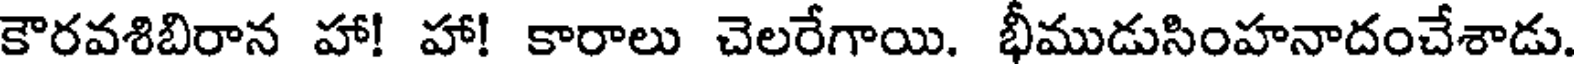
కౌరవశిబిరాన హా! హా! కారాలు చెలరేగాయి. భీముడుసింహనాదంచేశాడు